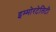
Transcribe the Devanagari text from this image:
इम्मोरटेलिटी